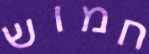
חמוש